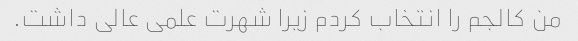
من کالجم را انتخاب کردم زیرا شهرت علمی عالی داشت.